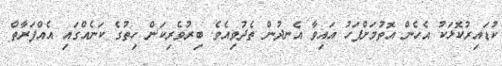
ކުޑައިރުކޮޅަކު އެހެން އޮތުމަށްފަހު އައިވާ އެނދުން ތެދުވިއެވެ. ބިރުވެރިކަން ހިތުގެ ކަނެއްގައި އެއްފަރާތް